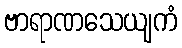
ဗာရာဏသေယျကံ